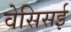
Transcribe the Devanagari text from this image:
वेसिसई